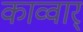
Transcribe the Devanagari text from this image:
काव्वार्